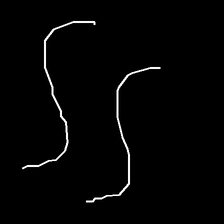
Glyph: float